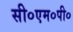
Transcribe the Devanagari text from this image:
सी०एम०पी०